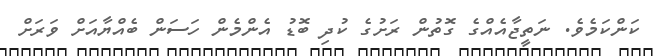
ކަންކަމެވެ. ނަތީޖާއެއްގެ ގޮތުން ރަށުގެ ކުދި ބޮޑު އެންމެން ހަސަން ބެއްޔާއަށް ވަރަށް